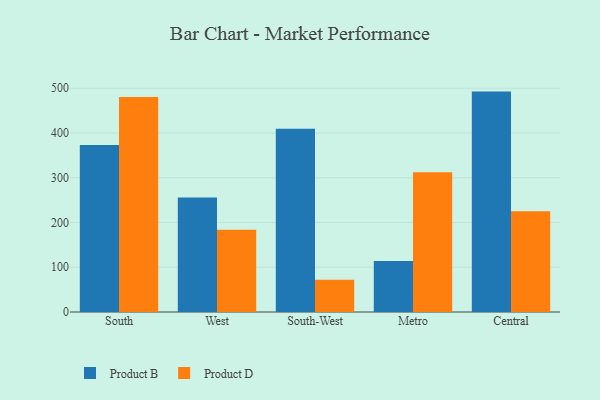
{"axis": {"x": "Region", "y": "Waste Production (Tons)"}, "legend": ["Product B", "Product D"], "data": [{"x": "South", "y": 373.0, "type": "Product B"}, {"x": "South", "y": 480.7, "type": "Product D"}, {"x": "West", "y": 255.7, "type": "Product B"}, {"x": "West", "y": 183.8, "type": "Product D"}, {"x": "South-West", "y": 409.7, "type": "Product B"}, {"x": "South-West", "y": 72.3, "type": "Product D"}, {"x": "Metro", "y": 113.7, "type": "Product B"}, {"x": "Metro", "y": 312.1, "type": "Product D"}, {"x": "Central", "y": 492.5, "type": "Product B"}, {"x": "Central", "y": 224.9, "type": "Product D"}]}